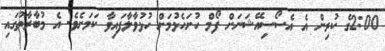
2:00ގެ ކުރިން އެ އެސޯސިއޭޝަނަށް ފޯމް ހުށަހެޅުމަށް ހުޅުވާލާފައިވާ ކަމަށެވެ. އެ މުބާރާތުގައި